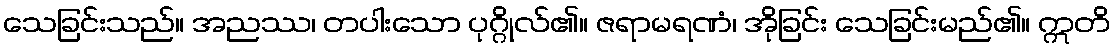
သေခြင်းသည်။ အညဿ၊ တပါးသော ပုဂ္ဂိုလ်၏။ ဇရာမရဏံ၊ အိုခြင်း သေခြင်းမည်၏။ ဣတိ